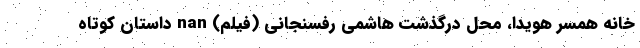
خانه همسر هویدا، محل درگذشت هاشمی رفسنجانی (فیلم) nan داستان کوتاه